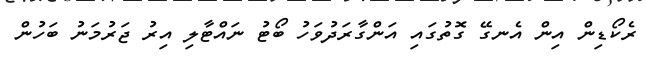
ރެކޯޑިން އިން އެނގޭ ގޮތުގައި އަންގާރަދުވަހު ބޯޓު ނައްޓާލި އިރު ޖަރުމަނު ބަހުން